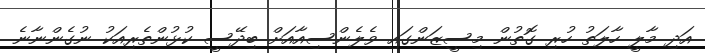
އަދި މާލީ ހާލަތު ހުރި ގޮތުން މިސީޒަންގައި ވެލެންސިއާއަށް ބިދޭސީ ކުޅުންތެރިއަކު ނުގެންނާނެ